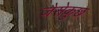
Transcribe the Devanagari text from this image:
जैसेकुछ